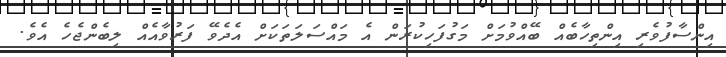
އިންސާފުވެރި އިންތިހާބެއް ބޭއްވުމަށް މަގުފަހިކުރަން އެ މައްސަލަތަކަށް އެދެވޭ ފަރުވާއެއް ލިބެންޖެހެ އެވެ.